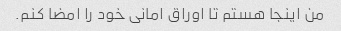
من اینجا هستم تا اوراق امانی خود را امضا کنم.